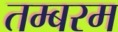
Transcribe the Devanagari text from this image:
तम्बरम